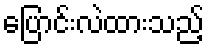
ပြောင်းလဲထားသည့်